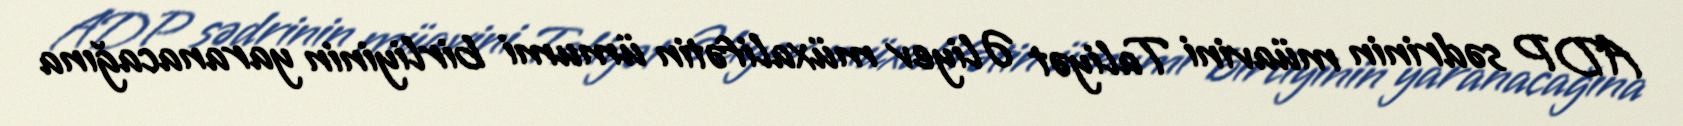
ADP sədrinin müavini Taliyət Əliyev müxalifətin ümumi birliyinin yaranacağına